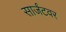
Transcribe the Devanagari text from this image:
सार्जंटवर